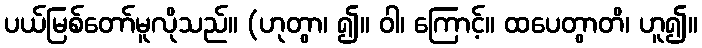
ပယ်မြစ်တော်မူလိုသည်။ (ဟုတွာ၊ ၍။ ဝါ၊ ကြောင့်။ ထပေတွာတိ၊ ဟူ၍။